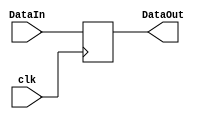
`timescale 1ns / 1ps
//////////////////////////////////////////////////////////////////////////////////
// Company: 
// 
// Design Name: 
// Module Name: ResultTempReg
// Project Name: 
// Target Devices: 
// Tool Versions: 
// Description: 
// 
// Dependencies: 
// 
// Revision:
// Revision 0.01 - File Created
// Additional Comments:
// 
//////////////////////////////////////////////////////////////////////////////////

// Reg: ALU Result to DataMem
module ResultTempReg(
    clk, DataIn, DataOut
);

input clk;
input [31:0] DataIn;
output [31:0] DataOut;

wire clk;
wire [31:0] DataIn;
reg [31:0] DataOut;
    
initial
begin
    // 
    DataOut <= 32'b0;
end

always @(posedge clk) 
begin
    DataOut <= DataIn;
end

endmodule